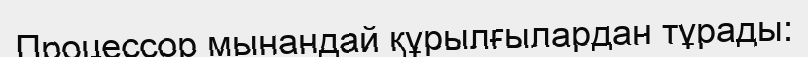
Процессор мынандай құрылғылардан тұрады: